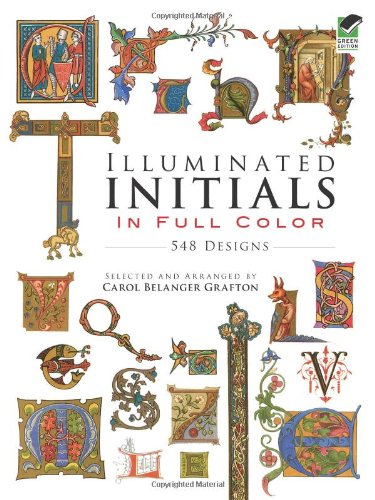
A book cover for Illuminated Initials in Full Color: 548 Designs (Dover Pictorial Archive); Arts & Photography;